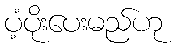
ပံ့ပိုးပေးမည်ဟု